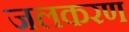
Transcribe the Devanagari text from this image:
जलकरण